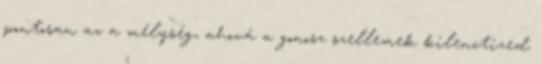
pontosan az a mélység, ahová a gonosz szellemek kilenctized